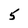
Character: 5